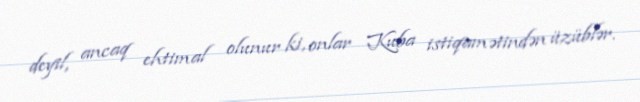
deyil, ancaq ehtimal olunur ki, onlar Kuba istiqamətindən üzüblər.